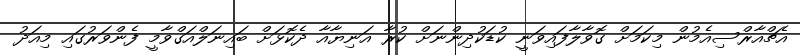
އެޗްއާރްސިއެމުން މިކަމަށް ގޮވާލާފައިވަނީ ކުޑަކުދިންނަށް ކުރާ އަނިޔާއާ ދެކޮޅަށް ބައިނަލްއަގްވާމީ ފެންވަރުގައި މިއަދު